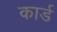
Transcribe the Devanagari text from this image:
कार्ड